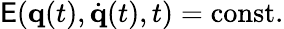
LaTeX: \mathsf{E}(\mathbf{{q}}(t),{\dot{{\mathbf{{q}}}}}(t),t)={\mathrm{{const}}}.